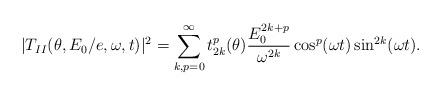
LaTeX: \begin{align*}|T_{II}(\theta ,E_{0}/e,\omega ,t)|^{2}=\sum_{k,p=0}^{\infty}t_{2k}^{p}(\theta )\frac{E_{0}^{2k+p}}{\omega ^{2k}}\cos ^{p}(\omega t)\sin^{2k}(\omega t). \end{align*}